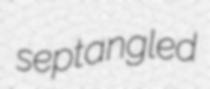
septangled